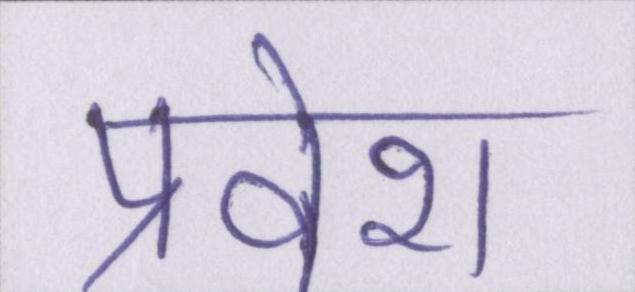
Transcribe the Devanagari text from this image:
प्रवेश